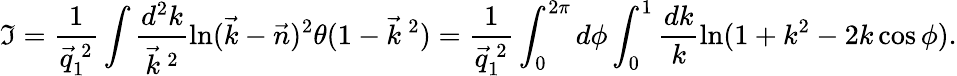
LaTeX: \mathfrak{I}=\frac{{1}}{{\vec{{q}}_{1}^{\: 2}}}\int\frac{{d^{2}k}}{{\vec{{k}}^{\: 2}}}\ln(\vec{{k}}-\vec{{n}})^{2}\theta(1-\vec{{k}}^{\: 2})=\frac{{1}}{{\vec{{q}}_{1}^{\: 2}}}\int_{0}^{2\pi}d\phi\int_{0}^{1}\frac{{dk}}{{k}}\ln(1+k^{2}-2k\cos\phi).